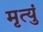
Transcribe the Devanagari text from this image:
मृत्युं